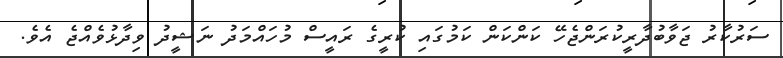
ސަރުކާރު ޖަވާބުދާރީކުރަންޖެހޭ ކަންކަން ކަމުގައި ކުރީގެ ރައީސް މުހައްމަދު ނަޝީދު ވިދާޅުވެއްޖެ އެވެ.